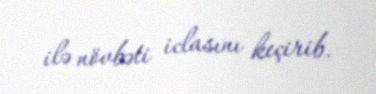
ilə növbəti iclasını keçirib.